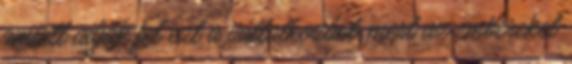
amiatt adják fel ezt a vállalkozást, mert az embereket